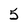
Character: 5